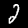
Digit: 2